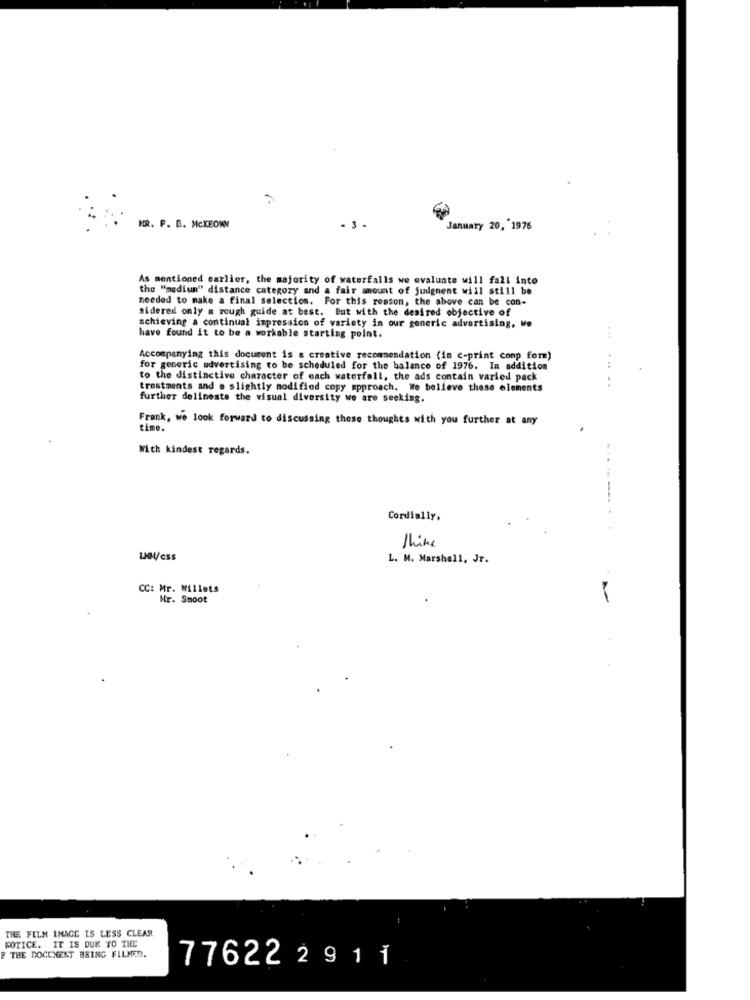
NR. F. B. MCKEOWN
- 3 .
January 20, 1976
As mentioned earlier, the majority of waterfalls wo evaluate will fall into
the "medium" distance category and a fair amount of judgment will still be
needed to make a final selection. For this reason, the above can be con-
sidered only a rough guide at best. But with the desired objective of
achieving a continual impression of variety in our generic advertising, Wo
have found it to be a workable starting point.
...
Accompanying this document is a creative recommendation (in c-print conp form)
for generic advertising to be scheduled for the balance of 1976. In addition
to the distinctive character of each waterfall, the ads contain varied pack
.....
trestments and @ slightly modified copy approach. We believe these elements
further delineate the visual diversity we are seeking.
Frank, we look forward to discussing these thoughts with you further at any
time.
With kindest regards.
Cordially,
think
L. M. Marshall, Jr.
CC: Mr. Millets
Nr. Smoot
KOTICE. IT IS DUE TO THE
THE FILM IMAGE IS LESS CLEAR
F THE DOCUMENT BEING FILMED.
77622 29 1 1